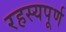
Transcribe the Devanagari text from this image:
रहस्‍यपूर्ण